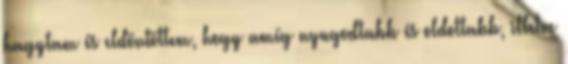
hagytam és eldöntöttem, hogy amíg nyugodtabb és oldottabb, illetve